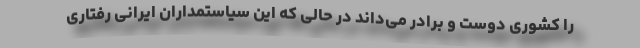
را کشوری دوست و برادر می‌داند در حالی که این سیاستمداران ایرانی رفتاری